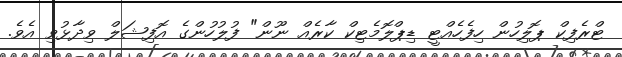
ޓްރެފިކް ޕޮލިހުން ހިފެހެއްޓީ ޑިޕްލޮމެޓިކް ކާރެއް ނޫން" ފުލުހުންގެ އޮފިޝަލް ވިދާޅުވި އެވެ.